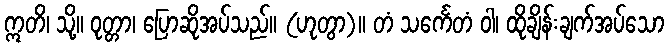
ဣတိ၊ သို့။ ဝုတ္တာ၊ ပြောဆိုအပ်သည်။ (ဟုတွာ)။ တံ သင်္ကေတံ ဝါ၊ ထိုချိန်းချက်အပ်သော